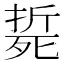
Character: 𣩂